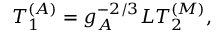
T _ { 1 } ^ { ( A ) } = g _ { A } ^ { - 2 / 3 } L T _ { 2 } ^ { ( M ) } ,